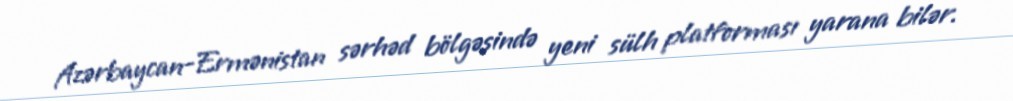
Azərbaycan-Ermənistan sərhəd bölgəsində yeni sülh platforması yarana bilər.